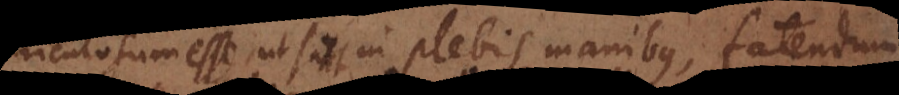
periculosum esse, ut sint in plebis manibus, fatendum